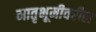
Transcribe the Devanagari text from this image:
मातृभूमीवरील